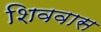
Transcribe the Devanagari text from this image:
शिववास